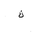
Letter: _tha